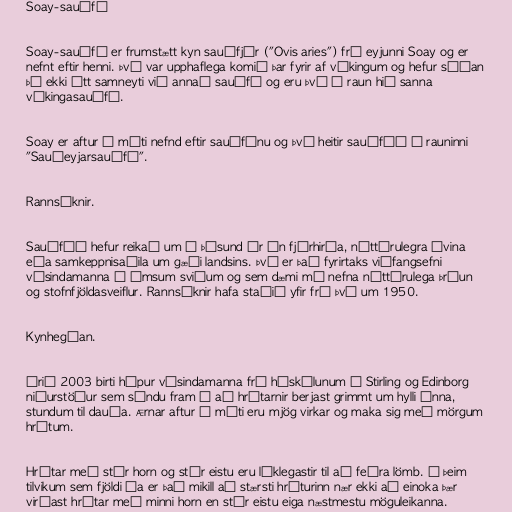
Soay-sauðfé

Soay-sauðfé er frumstætt kyn sauðfjár ("Ovis aries") frá eyjunni Soay og er
nefnt eftir henni. Því var upphaflega komið þar fyrir af víkingum og hefur síðan
þá ekki átt samneyti við annað sauðfé og eru því í raun hið sanna
víkingasauðfé.

Soay er aftur á móti nefnd eftir sauðfénu og því heitir sauðféð í rauninni
"Sauðeyjarsauðfé".

Rannsóknir.

Sauðféð hefur reikað um í þúsund ár án fjárhirða, náttúrulegra óvina
eða samkeppnisaðila um gæði landsins. Því er það fyrirtaks viðfangsefni
vísindamanna á ýmsum sviðum og sem dæmi má nefna náttúrulega þróun
og stofnfjöldasveiflur. Rannsóknir hafa staðið yfir frá því um 1950.

Kynhegðan.

Árið 2003 birti hópur vísindamanna frá háskólunum í Stirling og Edinborg
niðurstöður sem sýndu fram á að hrútarnir berjast grimmt um hylli ánna,
stundum til dauða. Ærnar aftur á móti eru mjög virkar og maka sig með mörgum
hrútum.

Hrútar með stór horn og stór eistu eru líklegastir til að feðra lömb. Í þeim
tilvikum sem fjöldi áa er það mikill að stærsti hrúturinn nær ekki að einoka þær
virðast hrútar með minni horn en stór eistu eiga næstmestu möguleikanna.